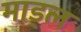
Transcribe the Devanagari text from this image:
माड्ल